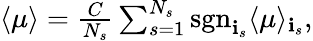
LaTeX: \begin{array}{r}{\langle\mu\rangle=\frac{C}{N_{s}}\sum_{s=1}^{N_{s}}\mathrm{sgn}_{{\mathbf i}_{s}}\langle\mu\rangle_{{\mathbf i}_{s}},}\end{array}